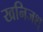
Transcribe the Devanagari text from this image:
खनिजश्